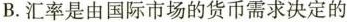
B. 汇率是由国际市场的货币需求决定的